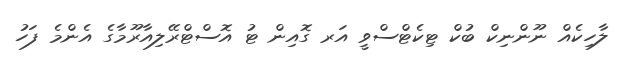
ލާހިކެއް ނޫންނިކް ބުކް ޓިކެޓްސްވީ އަރ ގޮއިން ޓު އޮސްޓްރޭލިއާރޫމާގެ އެންމެ ފަހު